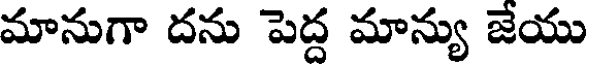
మానుగా దను పెద్ద మాన్యు జేయు